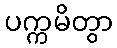
ပက္ကမိတွာ